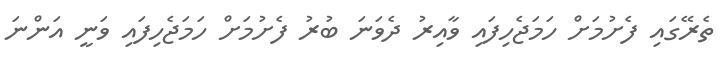
ތެރޭގައި ފެށުމަށް ހަމަޖެހިފައި ވާއިރު ދެވަނަ ބުރު ފެށުމަށް ހަމަޖެހިފައި ވަނީ އަންނަ